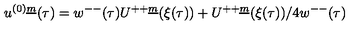
u ^ { ( 0 ) \underline { { m } } } ( \tau ) = w ^ { -- } ( \tau ) U ^ { + + \underline { { m } } } ( \xi ( \tau ) ) + U ^ { + + \underline { { m } } } ( \xi ( \tau ) ) / 4 w ^ { -- } ( \tau )